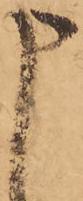
申